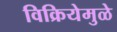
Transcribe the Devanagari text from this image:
विक्रियेमुळे